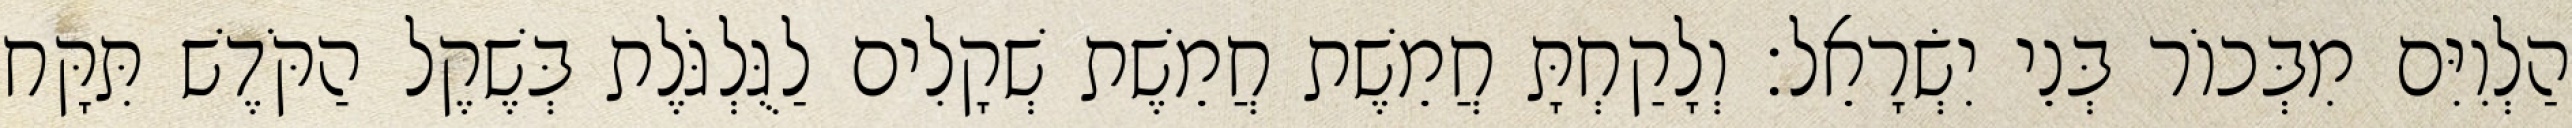
הַלְוִיִּם מִבְּכוֹר בְּנֵי יִשְׂרָאֵל׃ וְלָקַחְתָּ חֲמֵשֶׁת חֲמֵשֶׁת שְׁקָלִים לַגֻּלְגֹּלֶת בְּשֶׁקֶל הַקֹּדֶשׁ תִּקָּח